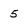
Character: 5